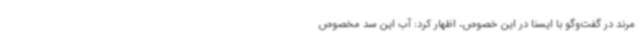
مرند در گفت‌وگو با ایسنا در این خصوص، اظهار کرد: آب این سد مخصوص